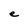
Character: e